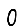
Digit: 0